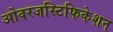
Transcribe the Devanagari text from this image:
ओवरजस्टिफिकेशन